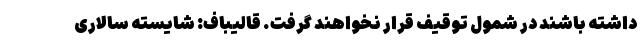
داشته باشند در شمول توقیف قرار نخواهند گرفت. قالیباف: شایسته سالاری